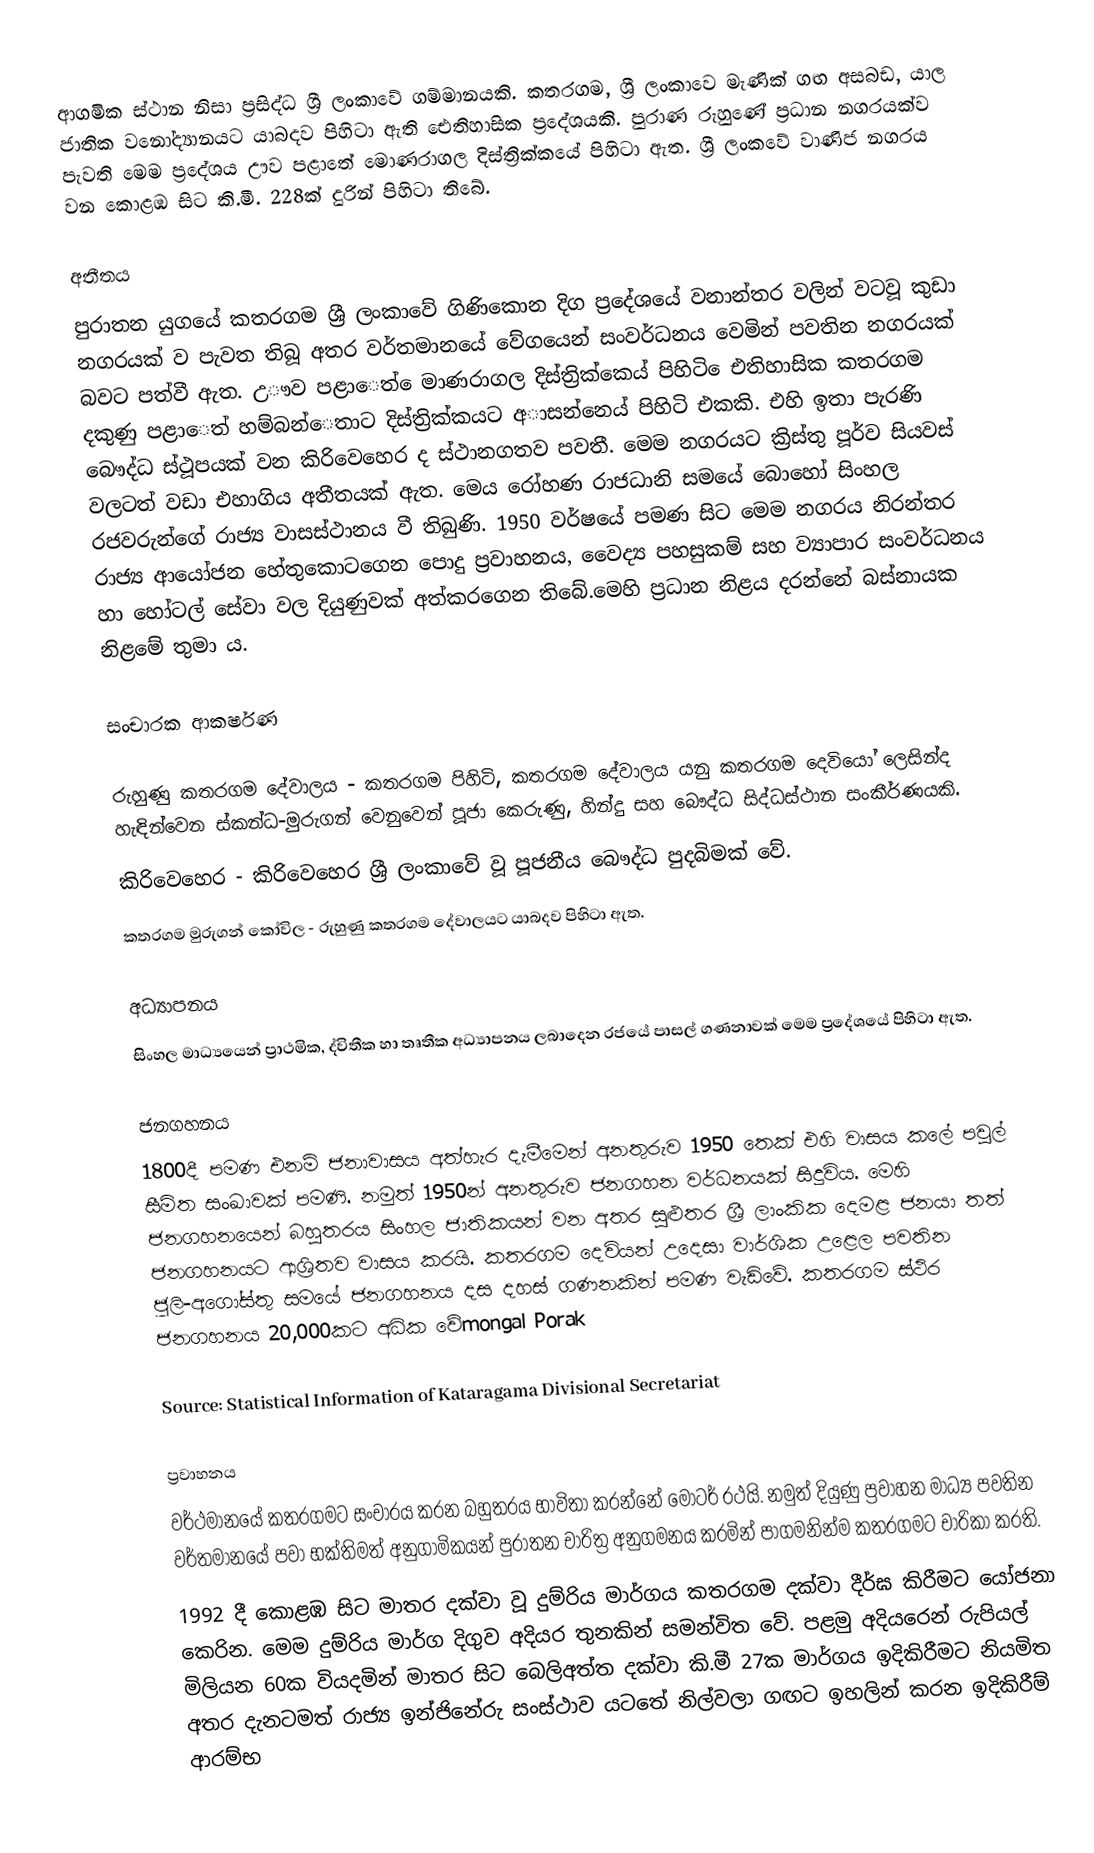
ආගමික ස්ථාන නිසා ප්‍රසිද්ධ ශ්‍රී ලංකාවේ ගම්මානයකි. කතරගම, ශ්‍රී ලංකාවෙ මැණික් ගඟ අසබඩ, යාල ජාතික වනෝද්‍යානයට යාබදව පිහිටා ඇති ඓතිහාසික ප්‍රදේශයකි. පුරාණ රුහුණේ ප්‍රධාන නගරයක්ව පැවති මෙම ප්‍රදේශය ඌව පළාතේ මොණරාගල දිස්ත්‍රික්කයේ පිහිටා ඇත. ශ්‍රී ලංකවේ වාණිජ නගරය වන කොළඹ සිට කි.මී. 228ක් දුරින් පිහිටා තිබේ.

අතීතය
පුරාතන යුගයේ  කතරගම ශ්‍රී ලංකාවේ ගිණිකොන දිග ප්‍රදේශයේ වනාන්තර වලින් වටවූ කුඩා නගරයක් ව පැවත තිබූ අතර වර්තමානයේ  වේගයෙන් සංවර්ධනය වෙමින් පවතින නගරයක් බවට පත්වී ඇත. උෟව පළාෙත්  ෙමාණරාගල දිස්ත්‍රික්කෙය් පිහිටි ෙඑතිහාසික කතරගම දකුණු පළාෙත් හම්බන්ෙතාට දිස්ත්‍රික්කයට අාසන්නෙය් පිහිටි එකකි.   එහි ඉතා පැරණි බෞද්ධ ස්ථූපයක් වන කිරිවෙහෙර ද ස්ථානගතව පවතී. මෙම නගරයට ක්‍රිස්තු පූර්ව සියවස් වලටත් වඩා එහාගිය අතීතයක් ඇත.  මෙය රෝහණ රාජධානි සමයේ බොහෝ සිංහල රජවරුන්ගේ රාජ්‍ය වාසස්ථානය වී තිබුණි. 1950 වර්ෂයේ පමණ සිට මෙම නගරය නිරන්තර රාජ්‍ය ආයෝජන හේතුකොටගෙන පොදු ප්‍රවාහනය, වෛද්‍ය පහසුකම් සහ ව්‍යාපාර සංවර්ධනය හා හෝටල් සේවා වල දියුණුවක් අත්කරගෙන තිබේ.මෙහි ප්‍රධාන නිළය දරන්නේ බස්නායක නිළමේ තුමා ය.

සංචාරක ආකර්ෂණ

 රුහුණු කතරගම දේවාලය - කතරගම පිහිටි, කතරගම දේවාලය යනු කතරගම දෙවියෝ ලෙසින්ද හැඳින්වෙන ස්කන්ධ-මුරුගන් වෙනුවෙන් පූජා කෙරුණු, හින්දු සහ බෞද්ධ සිද්ධස්ථාන සංකීර්ණයකි.
 කිරිවෙහෙර - කිරිවෙහෙර ශ්‍රී ලංකාවේ වූ පූජනීය බෞද්ධ පුදබිමක් වේ.
 කතරගම මුරුගන් කෝවිල - රුහුණු කතරගම දේවාලයට යාබදව පිහිටා ඇත.

අධ්‍යාපනය
සිංහල මාධ්‍යයෙන් ප්‍රාථමික, ද්විතීක හා තෘතීක අධ්‍යාපනය ලබාදෙන රජයේ පාසල් ගණනාවක් මෙම ප්‍රදේශයේ පිහිටා ඇත.

ජනගහනය
1800දී පමණ එනම් ජනාවාසය අත්හැර දැමීමෙන් අනතුරුව 1950 තෙක් එහි වාසය කලේ පවුල් සීමිත සංඛාවක් පමණි. නමුත් 1950න් අනතුරුව ජනගහන වර්ධනයක් සිදුවිය. මෙහි ජනගහනයෙන් බහුතරය සිංහල ජාතිකයන් වන අතර සුළුතර ශ්‍රී ලාංකික දෙමළ ජනයා තත් ජනගහනයට ආශ්‍රිතව වාසය කරයි. කතරගම දෙවියන් උදෙසා වාර්ශික උළෙල පවතින ජූලි-අගෝස්තු සමයේ ජනගහනය දස දහස් ගණනකින් පමණ වැඩිවේ. කතරගම ස්ථිර ජනගහනය 20,000කට අධික වේmongal Porak

Source: Statistical Information of Kataragama Divisional Secretariat

ප්‍රවාහනය
වර්ථමානයේ කතරගමට සංචාරය කරන බහුතරය භාවිතා කරන්නේ මෝටර් රථයි. නමුත් දියුණු ප්‍රවාහන මාධ්‍ය පවතින වර්තමානයේ පවා භක්තිමත් අනුගාමිකයන් පුරාතන චාරිත්‍ර අනුගමනය කරමින් පාගමනින්ම කතරගමට චාරිකා කරති.
1992 දී කොළඹ සිට මාතර දක්වා වූ දුම්රිය මාර්ගය කතරගම දක්වා දීර්ඝ කිරීමට යෝජනා කෙරින. මෙම දුම්රිය මාර්ග දිගුව අදියර තුනකින් සමන්විත වේ. පළමු අදියරෙන් රුපියල් මිලියන 60ක වියදමින් මාතර සිට බෙලිඅත්ත දක්වා කි.මී 27ක මාර්ගය ඉදිකිරීමට නියමිත අතර දැනටමත් රාජ්‍ය ඉන්ජිනේරු සංස්ථාව යටතේ නිල්වලා ගඟට ඉහලින් කරන ඉදිකිරීම් ආරම්භ